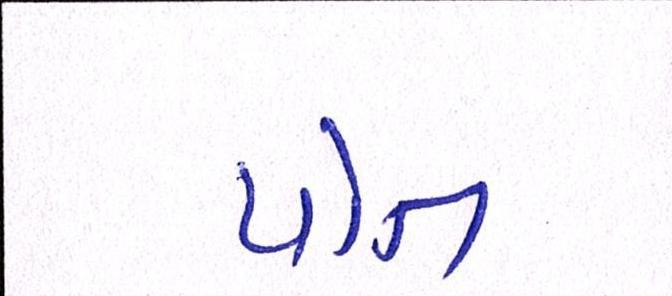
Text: પોત